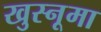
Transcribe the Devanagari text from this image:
खुस्नूमा